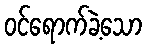
ဝင်ရောက်ခဲ့သော